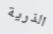
الذرية